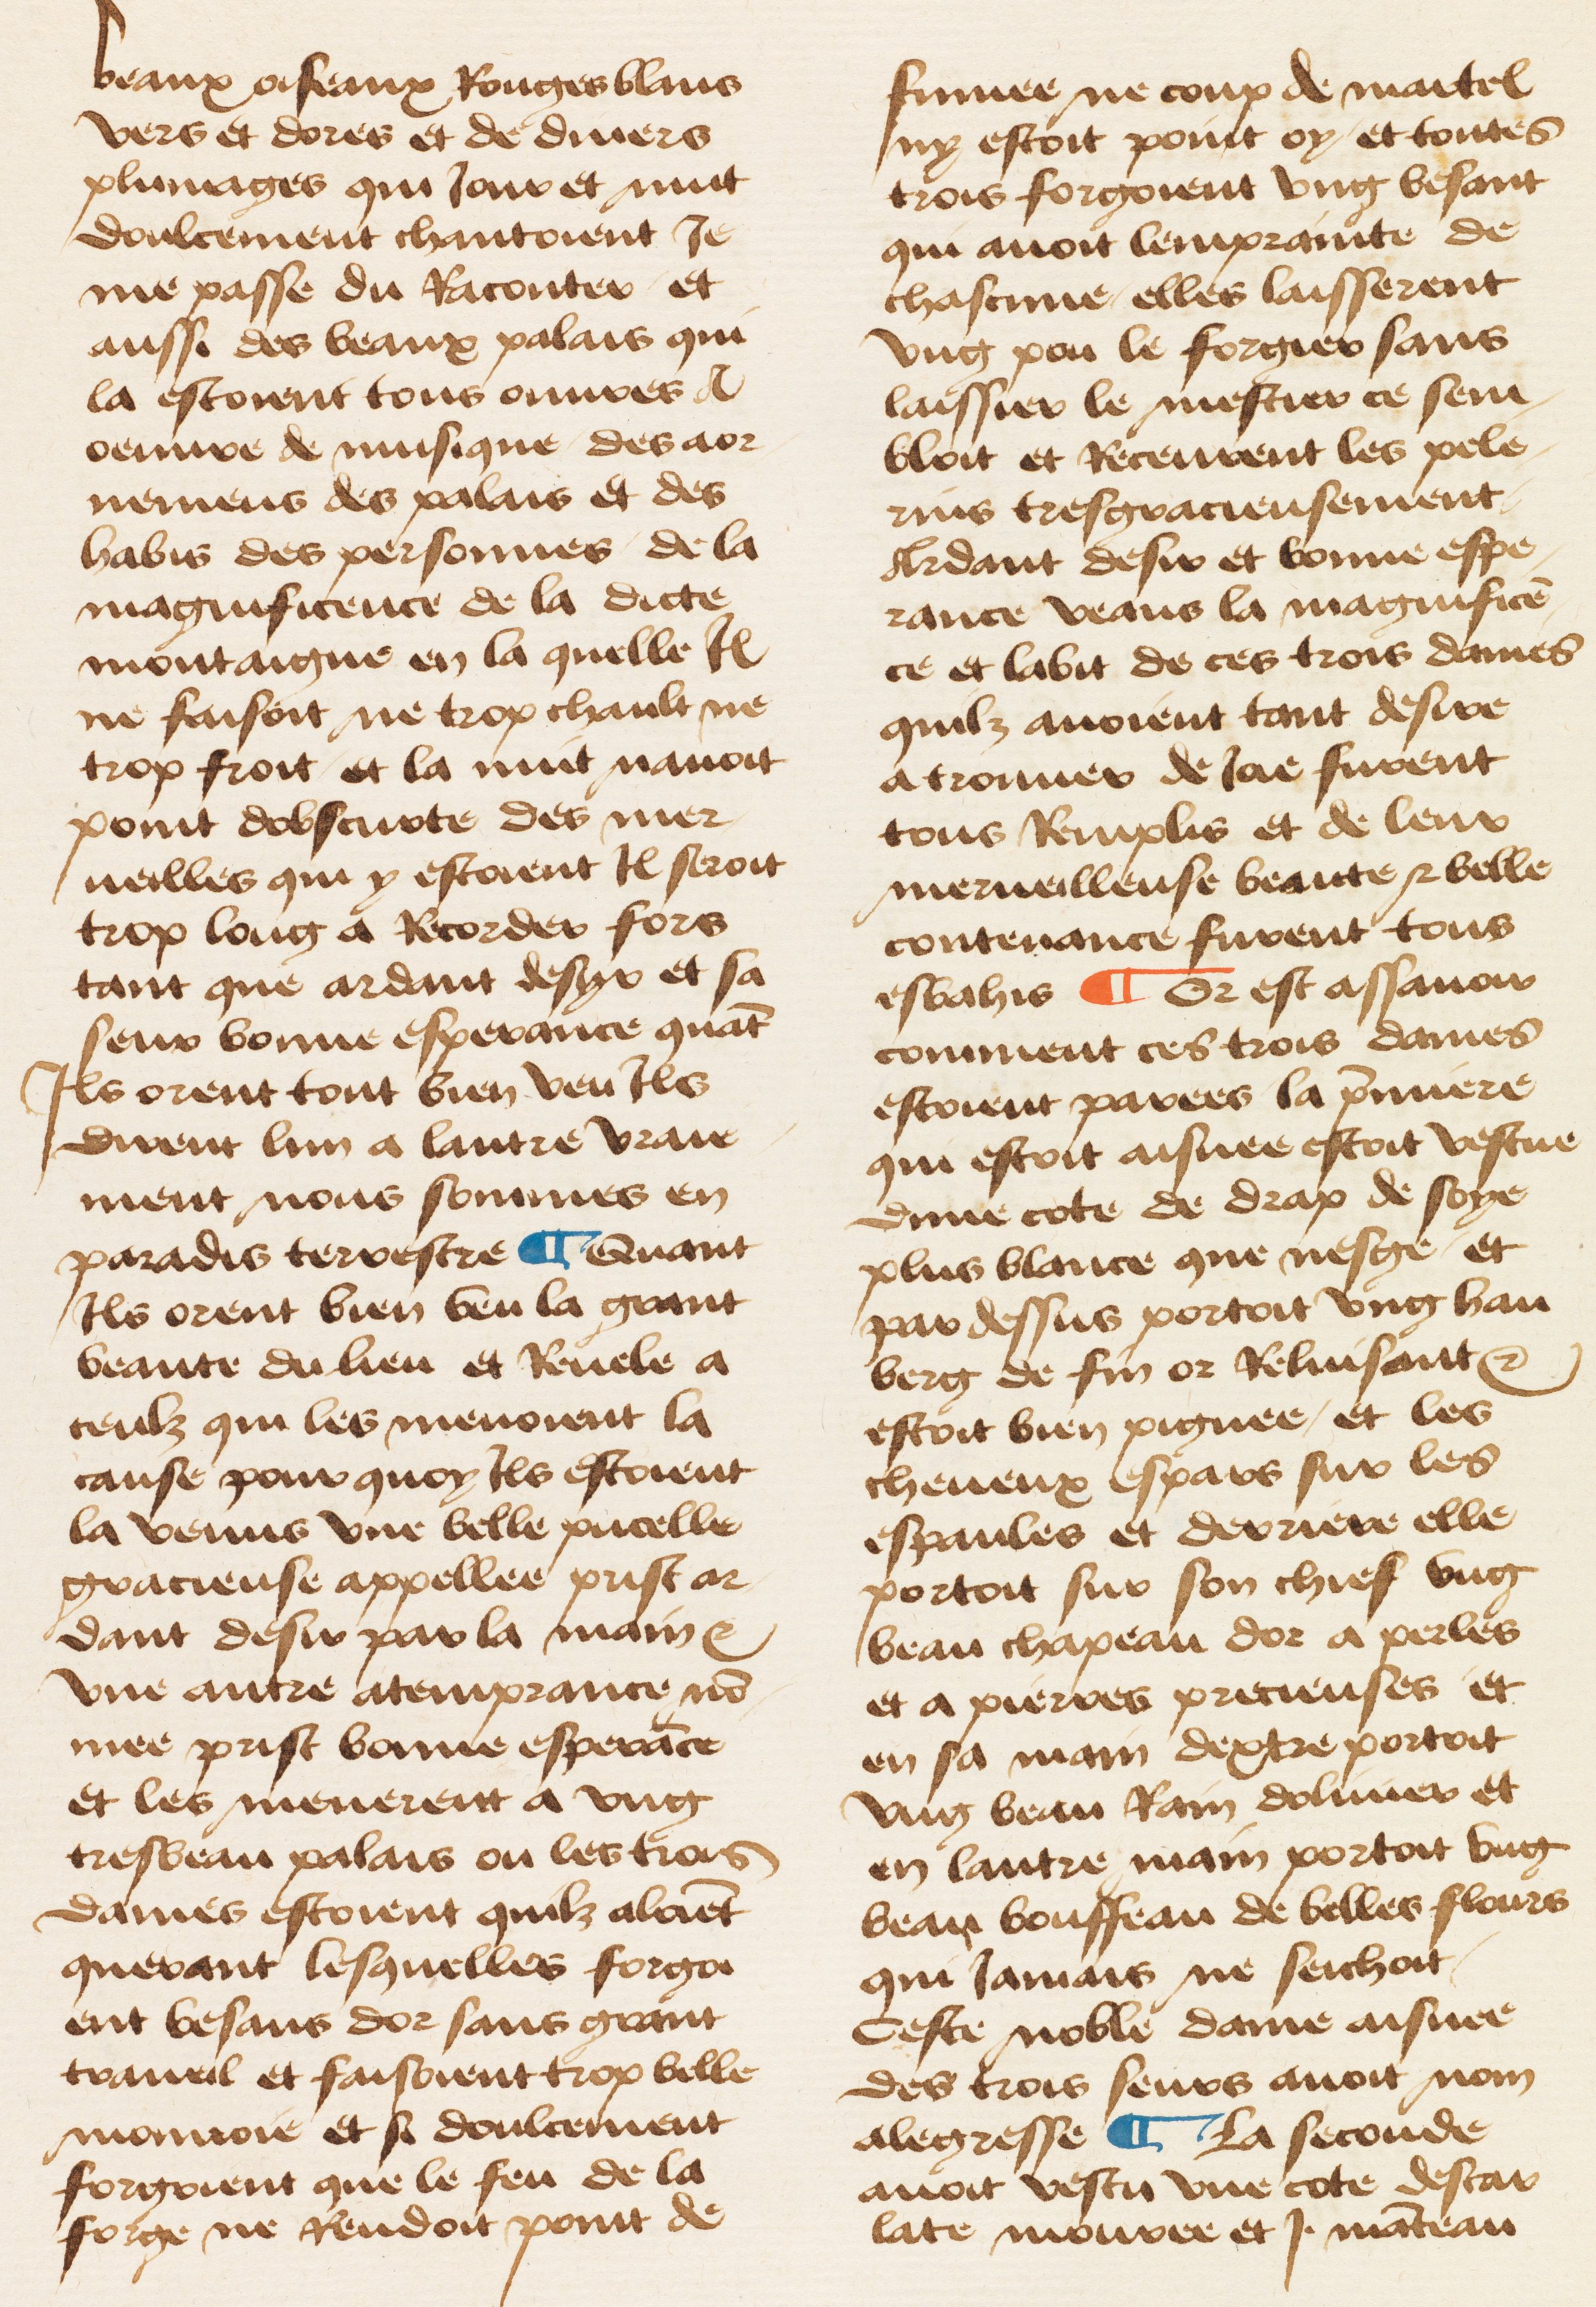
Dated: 1460–1470